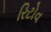
રિટોવ